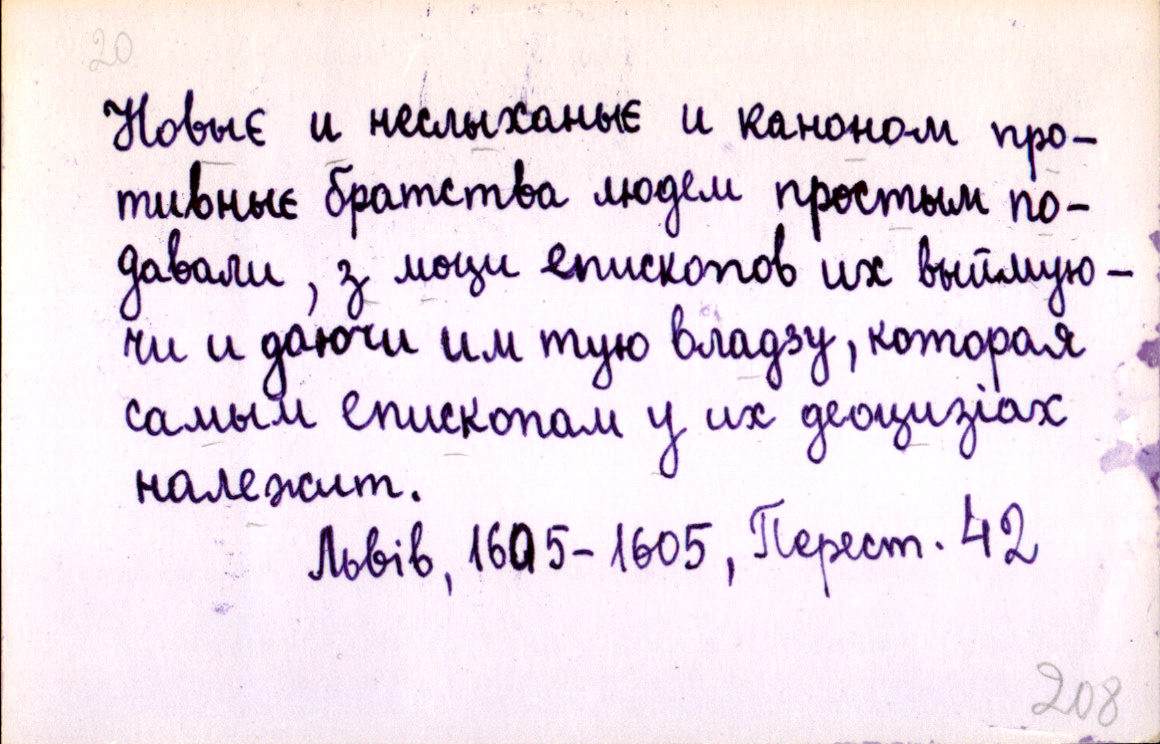
Новыє и неслыханыє и каноном про-
тивныє братства людем простым по-
давали, з моци епископов их выймую-
чи и даючи им тую владзу, которая
самым епископам у их деоцизіах
належит.
Львів, 1605-1605, Перест. 42